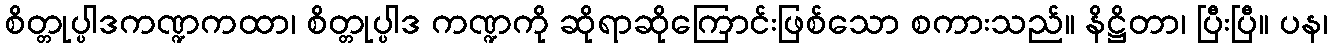
စိတ္တုပ္ပါဒကဏ္ဍကထာ၊ စိတ္တုပ္ပါဒ ကဏ္ဍကို ဆိုရာဆိုကြောင်းဖြစ်သော စကားသည်။ နိဋ္ဌိတာ၊ ပြီးပြီ။ ပန၊